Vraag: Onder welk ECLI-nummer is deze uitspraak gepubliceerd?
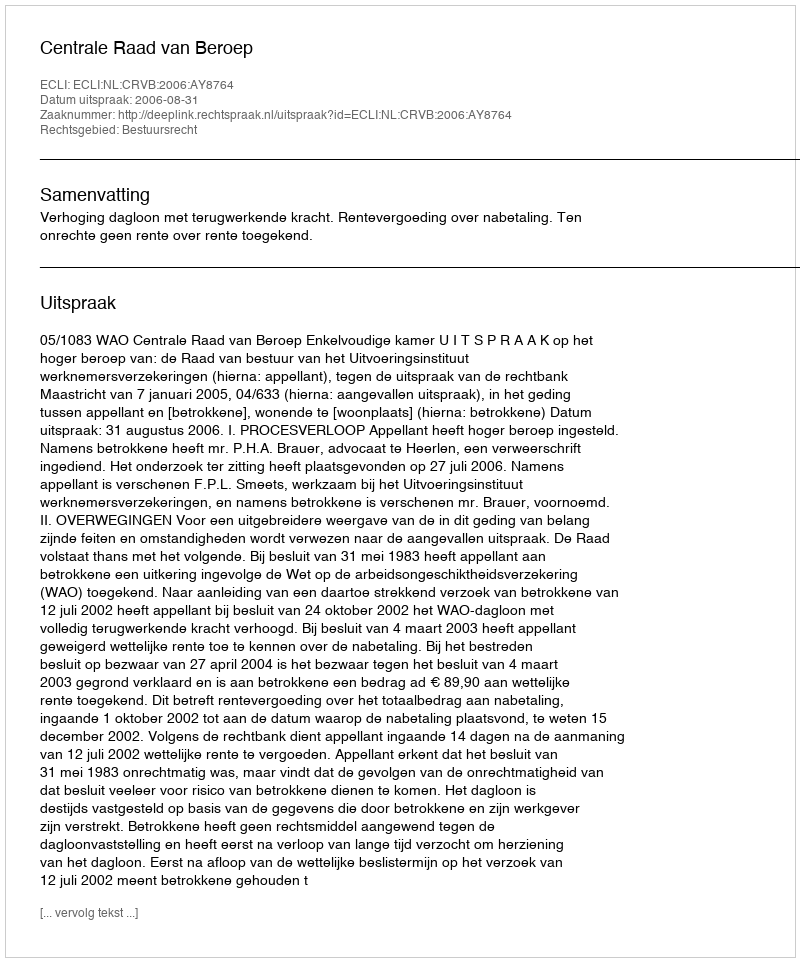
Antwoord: ECLI:NL:CRVB:2006:AY8764